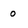
Character: 0